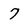
Character: 7